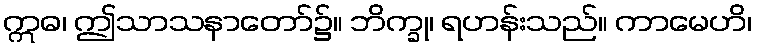
ဣဓ၊ ဤသာသနာတော်၌။ ဘိက္ခု၊ ရဟန်းသည်။ ကာမေဟိ၊